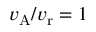
v _ { \mathrm { A } } / v _ { \mathrm { r } } = 1